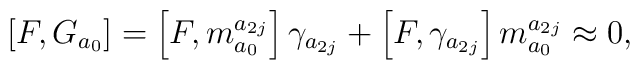
\left[ F,G_{a_{0}}\right] =\left[ F,m_{a_{0}}^{a_{2j}}\right] \gamma_{a_{2j}}+\left[ F,\gamma _{a_{2j}}\right] m_{a_{0}}^{a_{2j}}\approx 0,